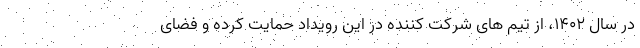
در سال ۱۴۰۲، از تیم های شرکت کننده در این رویداد حمایت کرده و فضای